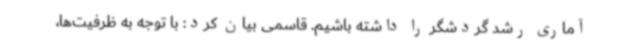
آماری رشد گردشگر را داشته باشیم. قاسمی بیان کرد: با توجه به ظرفیت‌ها،